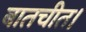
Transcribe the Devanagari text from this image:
बातचीत।